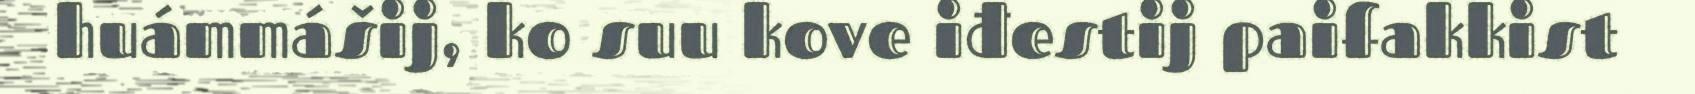
huámmášij, ko suu kove iđestij paifakkist